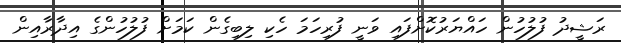
ރަޝީދު ފުލުހުން ހައްޔަރުކޮށްފައި ވަނީ ފުރިހަމަ ހެކި ލިބިގެން ކަމަށް ފުލުހުންގެ އިދާރާއިން